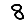
Digit: 8